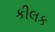
કીલક